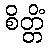
စိတ္တိံ